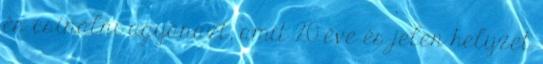
és csinálni ugyanazt, amit 20 éve és jelen helyzet